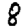
Digit: 8